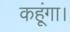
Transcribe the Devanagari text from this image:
कहूंगा।